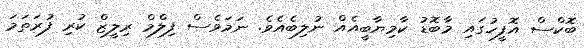
ބޮކްސް އޮފީހުގައި މާބޮޑު ކާމިޔާބީއެއް ނުލިބެއެވެ. ނަމަވެސް ފިލްމް ރިލީޒް ކުރި ފުރަތަމަ